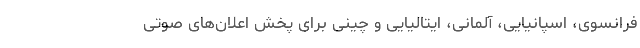
فرانسوی، اسپانیایی، آلمانی، ایتالیایی و چینی برای پخش اعلان‌های صوتی